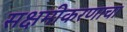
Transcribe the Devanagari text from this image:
सक्षमीकरणाचा